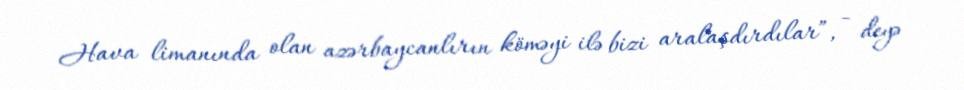
Hava limanında olan azərbaycanlırın köməyi ilə bizi aralaşdırdılar”, - deyə